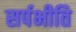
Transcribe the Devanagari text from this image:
सर्पभीति